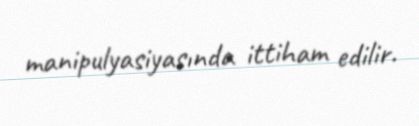
manipulyasiyasında ittiham edilir.